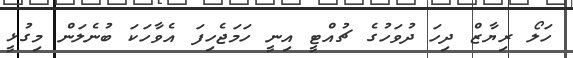
ހަލޯ ރިޔާޒް ދިހަ ދުވަހުގެ ޗުއްޓީ އިނީ ހަމަޖެހިފަ އެވާހަކަ ބުނެލަން މިގުޅީ